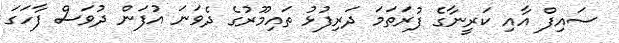
ސައިފް އާއި ކަރީނާގެ ފުރަތަމަ ދަރިފުޅު ތައިމޫރުގެ ދެވަނަ އުފަން ދުވަސް ފާހަގަ